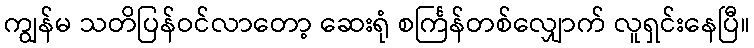
ကျွန်မ သတိပြန်ဝင်လာတော့ ဆေးရုံ စင်္ကြန်တစ်လျှောက် လူရှင်းနေပြီ။